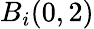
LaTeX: B_{i}(0,2)